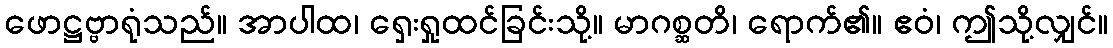
ဖောဋ္ဌဗ္ဗာရုံသည်။ အာပါထ၊ ရှေးရှုထင်ခြင်းသို့။ မာဂစ္ဆတိ၊ ရောက်၏။ ဧဝံ၊ ဤသို့လျှင်။